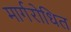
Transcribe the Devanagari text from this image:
मार्गरोधित